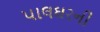
પાલઘરની